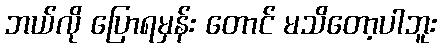
ဘယ်လို ပြောရမှန်း တောင် မသိတော့ပါဘူး